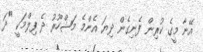
އޭނާ މީގެ ކުރިން ފެނިގެން ދިޔަ އެންމެ މަޝްހޫރު ދެ ފިލްމަކީ "ދަ